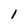
Character: l